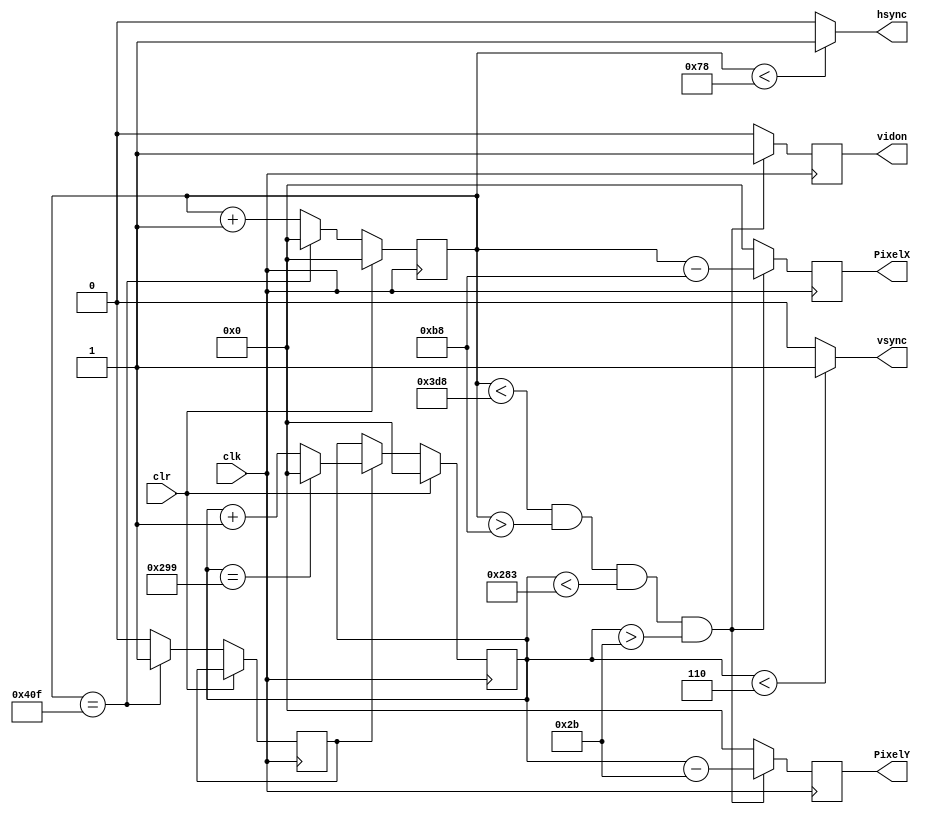
`timescale 1ns / 1ps
//////////////////////////////////////////////////////////////////////////////////
// Company: 
// Engineer: 
// 
// Design Name: 
// Module Name:    vga_800x600 
// Project Name: https://github.com/ThePedestrian/FPGA-Simple-Maze-Game-Using-VGA-Output
// Target Devices: 
// Tool versions: 
// Description: 
//
// Dependencies: 
//
// Revision: 
// Revision 0.01 - File Created
// Additional Comments:
//
//////////////////////////////////////////////////////////////////////////////////
module vga_800x600(input wire clk,
input wire clr,
output reg hsync,
output reg vsync,
output reg [10:0] PixelX,
output reg [10:0] PixelY,
output reg vidon
    );


parameter TotalHorizontalPixels = 11'd1040;
parameter HorizontalSyncWidth = 11'd120;
parameter VerticalSyncWidth = 11'd6;

parameter TotalVerticalLines = 11'd666;
parameter HorizontalBackPorchTime = 11'd184 ;
parameter HorizontalFrontPorchTime = 11'd984 ;
parameter VerticalBackPorchTime = 11'd43 ;
parameter VerticalFrontPorchTime = 11'd643;

reg VerticalSyncEnable;

reg [10:0] HorizontalCounter;
reg [10:0] VerticalCounter;

//Counter for the horizontal sync signal
always @(posedge clk)
begin
	if(clr == 1)
		HorizontalCounter <= 0;
	else
		begin
			if(HorizontalCounter == TotalHorizontalPixels - 1)
				begin //the counter has hreached the end of a horizontal line
					HorizontalCounter<=0;
					VerticalSyncEnable <= 1;
				end
			else
				begin 
					HorizontalCounter<=HorizontalCounter+1; 
					VerticalSyncEnable <=0;
				end
		end
end

//Generate the hsync pulse
//Horizontal Sync is low when HorizontalCounter is 0-127

always @(*)
begin
	if((HorizontalCounter<HorizontalSyncWidth))
		hsync = 1;
	else
		hsync = 0;
end

//Counter for the vertical sync

always @(posedge clk)
begin
	if(clr == 1)
		VerticalCounter<=0;
	else
	begin
		if(VerticalSyncEnable == 1)
			begin
				if(VerticalCounter==TotalVerticalLines-1)
					VerticalCounter<=0;
				else
					VerticalCounter<=VerticalCounter+1;
			end
	end
end

//generate the vsync pulse
always @(*)
begin
	if(VerticalCounter < VerticalSyncWidth)
		vsync = 1;
	else
		vsync = 0;
end

always @(posedge clk)
begin
	if((HorizontalCounter<HorizontalFrontPorchTime) && (HorizontalCounter>HorizontalBackPorchTime) && (VerticalCounter<VerticalFrontPorchTime) && (VerticalCounter>VerticalBackPorchTime))
		begin
			vidon <= 1;
			PixelX<= HorizontalCounter - HorizontalBackPorchTime;
			PixelY<= VerticalCounter - VerticalBackPorchTime;
		end
	else
		begin
			vidon <= 0;
			PixelX<=0;
			PixelY<=0;
		end
end

endmodule